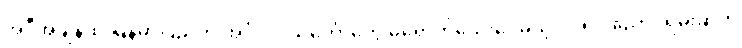
အဲဒီအချိန်ထိ မြန်မာပြည်ကို အင်္ဂလိပ်သင်္ဘောတွေ မရောက်သေးပေမယ့် ၁၇၅၂ ညောင်ရမ်းဆက်